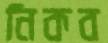
নিকব